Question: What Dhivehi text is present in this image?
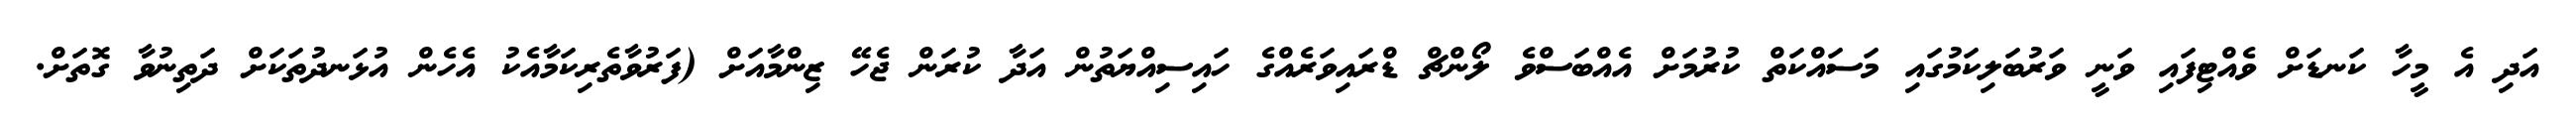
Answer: އަދި އެ މީހާ ކަނޑަށް ވެއްޓިފައި ވަނީ ވަރުބަލިކަމުގައި މަސައްކަތް ކުރުމަށް އެއްބަސްވެ ލޯންޗް ޑްރައިވަރެއްގެ ހައިސިއްޔަތުން އަދާ ކުރަން ޖެހޭ ޒިންމާއަށް (ފަރުވާތެރިކަމާއެކު އެހެން އުޅަނދުތަކަށް ދަތިނުވާ ގޮތަށް.